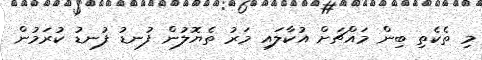
މި ތެކެތި ބިން މައްޗަށް އުކާލައި މަރު ތެޔޮލުން ފުނޑު ފުނޑު ކުރަމުން